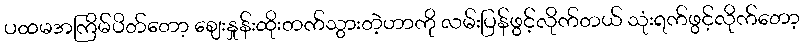
ပထမအကြိမ်ပိတ်တော့ ဈေးနှုန်းထိုးတက်သွားတဲ့ဟာကို လမ်းပြန်ဖွင့်လိုက်တယ် သုံးရက်ဖွင့်လိုက်တော့